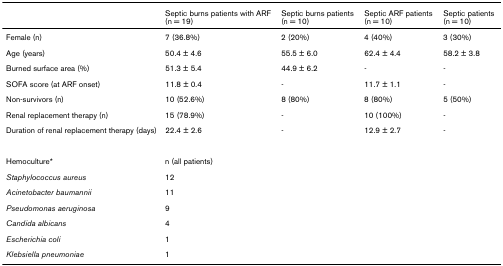
<table><thead><tr><td></td><td><b>Septic burns patients with ARF (n = 19)</b></td><td><b>Septic burns patients (n = 10)</b></td><td><b>Septic ARF patients (n = 10)</b></td><td><b>Septic patients (n = 10)</b></td></tr></thead><tbody><tr><td>Female (n)</td><td>7 (36.8%)</td><td>2 (20%)</td><td>4 (40%)</td><td>3 (30%)</td></tr><tr><td>Age (years)</td><td>50.4 ± 4.6</td><td>55.5 ± 6.0</td><td>62.4 ± 4.4</td><td>58.2 ± 3.8</td></tr><tr><td>Burned surface area (%)</td><td>51.3 ± 5.4</td><td>44.9 ± 6.2</td><td>-</td><td>-</td></tr><tr><td>SOFA score (at ARF onset)</td><td>11.8 ± 0.4</td><td>-</td><td>11.7 ± 1.1</td><td>-</td></tr><tr><td>Non-survivors (n)</td><td>10 (52.6%)</td><td>8 (80%)</td><td>8 (80%)</td><td>5 (50%)</td></tr><tr><td>Renal replacement therapy (n)</td><td>15 (78.9%)</td><td>-</td><td>10 (100%)</td><td>-</td></tr><tr><td>Duration of renal replacement therapy (days)</td><td>22.4 ± 2.6</td><td>-</td><td>12.9 ± 2.7</td><td>-</td></tr><tr><td>Hemoculture*</td><td>n (all patients)</td><td></td><td></td><td></td></tr><tr><td><i>Staphylococcus aureus</i></td><td>12</td><td></td><td></td><td></td></tr><tr><td><i>Acinetobacter baumannii</i></td><td>11</td><td></td><td></td><td></td></tr><tr><td><i>Pseudomonas aeruginosa</i></td><td>9</td><td></td><td></td><td></td></tr><tr><td><i>Candida albicans</i></td><td>4</td><td></td><td></td><td></td></tr><tr><td><i>Escherichia coli</i></td><td>1</td><td></td><td></td><td></td></tr><tr><td><i>Klebsiella pneumoniae</i></td><td>1</td><td></td><td></td><td></td></tr></tbody></table>